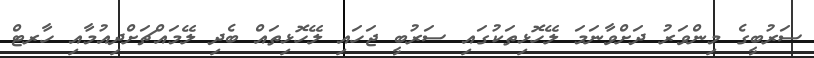
ސަރުބީގެ މިންވަރު ދަށްވާނަމަ ލޭހޮޅިތަކުގައި ސަރުބީ ޖަހައި ލޭހޮޅިތައް ބެދި ލޭމައްޗަށްދިއުމާއި ހާރޓް